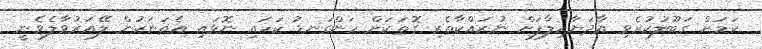
ކަމަށް ގަބޫލުކުރެވި އާދަޔާހިލާފަށް ނުރައްކާތެރި ގޮތަކަށް ހަންގަނޑު ކަހައި ނޮޅައި އެތަނަކުން ލޭއަރުވާލެވެނީ